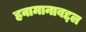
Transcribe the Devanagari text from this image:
हवामानाबद्दल